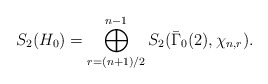
\begin{align*}S_2(H_0) = \bigoplus_{r = (n+1)/2}^{n-1} S_2(\bar \Gamma_0(2),\chi_{n,r}).\end{align*}